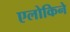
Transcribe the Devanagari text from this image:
एलोकिने